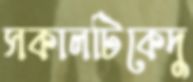
সকালটিকেদু